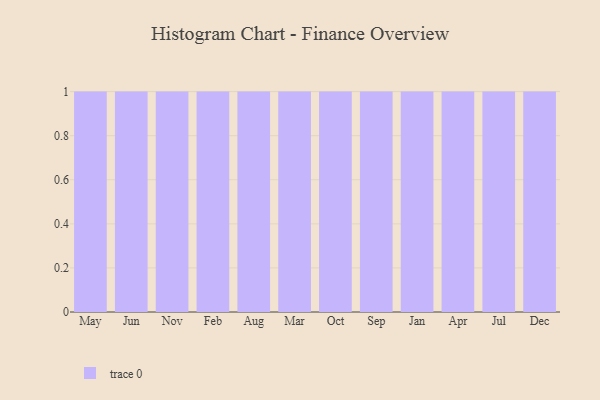
{"axis": {"x": "Month", "y": "Humidity (%)"}, "legend": [""], "data": [{"x": "May", "y": 60, "type": ""}, {"x": "Jun", "y": 60, "type": ""}, {"x": "Nov", "y": 89, "type": ""}, {"x": "Feb", "y": 94, "type": ""}, {"x": "Aug", "y": 98, "type": ""}, {"x": "Mar", "y": 3, "type": ""}, {"x": "Oct", "y": 5, "type": ""}, {"x": "Sep", "y": 49, "type": ""}, {"x": "Jan", "y": 51, "type": ""}, {"x": "Apr", "y": 66, "type": ""}, {"x": "Jul", "y": 82, "type": ""}, {"x": "Dec", "y": 90, "type": ""}]}